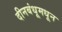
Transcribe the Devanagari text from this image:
दीनबंधूमधून